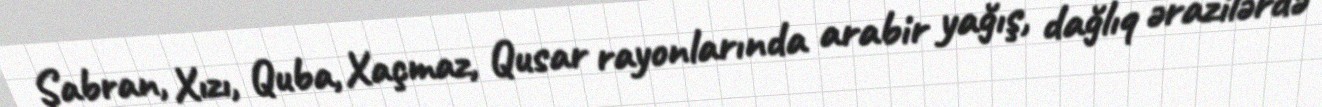
Şabran, Xızı, Quba, Xaçmaz, Qusar rayonlarında arabir yağış, dağlıq ərazilərdə